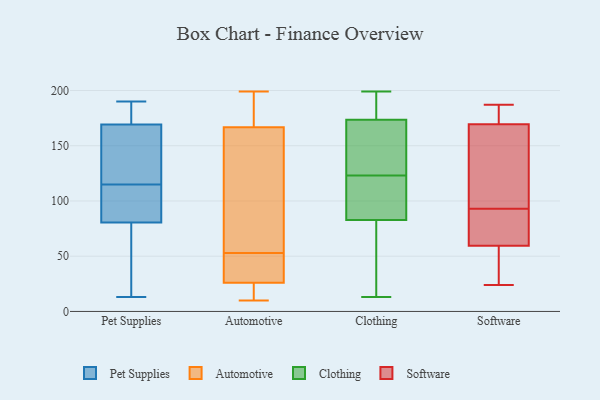
{"axis": {"x": "Customer Acquisition Cost (USD)", "y": "Value"}, "legend": ["Automotive", "Clothing", "Pet Supplies", "Software"], "data": [{"x": "", "y": 190, "type": "Pet Supplies"}, {"x": "", "y": 115, "type": "Pet Supplies"}, {"x": "", "y": 24, "type": "Pet Supplies"}, {"x": "", "y": 187, "type": "Pet Supplies"}, {"x": "", "y": 13, "type": "Pet Supplies"}, {"x": "", "y": 112, "type": "Pet Supplies"}, {"x": "", "y": 113, "type": "Pet Supplies"}, {"x": "", "y": 173, "type": "Pet Supplies"}, {"x": "", "y": 77, "type": "Pet Supplies"}, {"x": "", "y": 171, "type": "Pet Supplies"}, {"x": "", "y": 117, "type": "Pet Supplies"}, {"x": "", "y": 20, "type": "Pet Supplies"}, {"x": "", "y": 91, "type": "Pet Supplies"}, {"x": "", "y": 137, "type": "Pet Supplies"}, {"x": "", "y": 164, "type": "Pet Supplies"}, {"x": "", "y": 48, "type": "Automotive"}, {"x": "", "y": 133, "type": "Automotive"}, {"x": "", "y": 130, "type": "Automotive"}, {"x": "", "y": 11, "type": "Automotive"}, {"x": "", "y": 38, "type": "Automotive"}, {"x": "", "y": 53, "type": "Automotive"}, {"x": "", "y": 178, "type": "Automotive"}, {"x": "", "y": 22, "type": "Automotive"}, {"x": "", "y": 191, "type": "Automotive"}, {"x": "", "y": 10, "type": "Automotive"}, {"x": "", "y": 199, "type": "Automotive"}, {"x": "", "y": 199, "type": "Clothing"}, {"x": "", "y": 195, "type": "Clothing"}, {"x": "", "y": 193, "type": "Clothing"}, {"x": "", "y": 172, "type": "Clothing"}, {"x": "", "y": 186, "type": "Clothing"}, {"x": "", "y": 123, "type": "Clothing"}, {"x": "", "y": 129, "type": "Clothing"}, {"x": "", "y": 32, "type": "Clothing"}, {"x": "", "y": 109, "type": "Clothing"}, {"x": "", "y": 174, "type": "Clothing"}, {"x": "", "y": 13, "type": "Clothing"}, {"x": "", "y": 97, "type": "Clothing"}, {"x": "", "y": 111, "type": "Clothing"}, {"x": "", "y": 52, "type": "Clothing"}, {"x": "", "y": 114, "type": "Clothing"}, {"x": "", "y": 149, "type": "Clothing"}, {"x": "", "y": 78, "type": "Clothing"}, {"x": "", "y": 75, "type": "Clothing"}, {"x": "", "y": 172, "type": "Clothing"}, {"x": "", "y": 73, "type": "Software"}, {"x": "", "y": 28, "type": "Software"}, {"x": "", "y": 179, "type": "Software"}, {"x": "", "y": 127, "type": "Software"}, {"x": "", "y": 124, "type": "Software"}, {"x": "", "y": 161, "type": "Software"}, {"x": "", "y": 63, "type": "Software"}, {"x": "", "y": 179, "type": "Software"}, {"x": "", "y": 52, "type": "Software"}, {"x": "", "y": 33, "type": "Software"}, {"x": "", "y": 93, "type": "Software"}, {"x": "", "y": 24, "type": "Software"}, {"x": "", "y": 167, "type": "Software"}, {"x": "", "y": 67, "type": "Software"}, {"x": "", "y": 187, "type": "Software"}, {"x": "", "y": 62, "type": "Software"}, {"x": "", "y": 177, "type": "Software"}]}